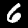
Digit: 6